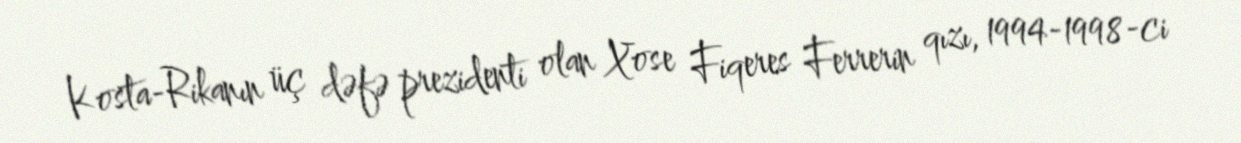
Kosta-Rikanın üç dəfə prezidenti olan Xose Fiqeres Ferrerin qızı, 1994-1998-ci